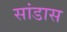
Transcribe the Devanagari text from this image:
सांडास